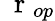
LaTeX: \mathrm{~\mathbf~r~}_{op}